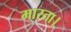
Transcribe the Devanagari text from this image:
मारता।